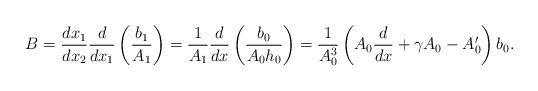
LaTeX: \begin{align*}B=\frac{dx_1}{dx_2}\frac{d}{dx_1}\left(\frac{b_1}{A_1}\right)=\frac{1}{A_1}\frac{d}{dx}\left(\frac{b_0}{A_0h_0}\right) =\frac{1}{A_0^3}\left(A_0\frac{d}{dx}+\gamma A_0-A'_0\right)b_0.\end{align*}